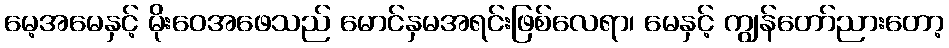
မေ့အမေနှင့် မိုးဝေအဖေသည် မောင်နှမအရင်းဖြစ်လေရာ၊ မေနှင့် ကျွန်တော်ညားတော့